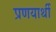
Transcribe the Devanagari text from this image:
प्रणयार्थी